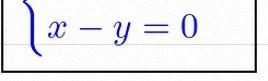
\begin{cases}x+y=2\\x-y=0\end{cases}